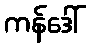
ကန်ဒေါ်